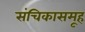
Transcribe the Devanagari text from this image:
संचिकासमूह